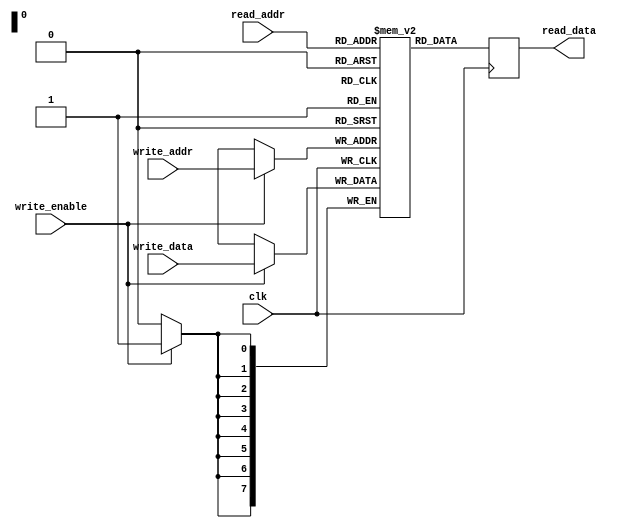
module dual_port_reg_file (
    input wire clk,
    input wire [7:0] read_addr,
    output reg [7:0] read_data,
    input wire [7:0] write_addr,
    input wire [7:0] write_data,
    input wire write_enable
);

reg [7:0] reg_file [0:255];

always @(posedge clk) begin
    if (write_enable) begin
        reg_file[write_addr] <= write_data;
    end
    read_data <= reg_file[read_addr];
end

endmodule